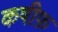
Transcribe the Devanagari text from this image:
कषीफ़